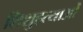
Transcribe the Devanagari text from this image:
शिशुहत्याओं